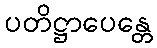
ပတိဋ္ဌာပေန္တေ